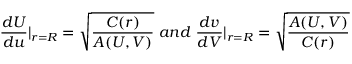
\frac { d U } { d u } | _ { r = R } = \sqrt { \frac { C ( r ) } { A ( U , V ) } } \; a n d \; \frac { d v } { d V } | _ { r = R } = \sqrt { \frac { A ( U , V ) } { C ( r ) } }